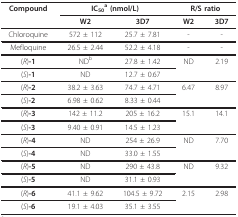
<table><thead><tr><td><b>Compound</b></td><td colspan="2"><b>IC<sub>50</sub><sup>a </sup>(nmol/L)</b></td><td colspan="2"><b>R/S ratio</b></td></tr><tr><td></td><td><b>W2</b></td><td><b>3D7</b></td><td><b>W2</b></td><td><b>3D7</b></td></tr></thead><tbody><tr><td>Chloroquine</td><td>572 ± 112</td><td>25.7 ± 7.81</td><td>-</td><td>-</td></tr><tr><td>Mefloquine</td><td>26.5 ± 2.44</td><td>52.2 ± 4.18</td><td>-</td><td>-</td></tr><tr><td>(<i>R</i>)<b>-1</b></td><td>ND<sup>b</sup></td><td>27.8 ± 1.42</td><td>ND</td><td>2.19</td></tr><tr><td>(<i>S</i>)<b>-1</b></td><td>ND</td><td>12.7 ± 0.67</td><td></td><td></td></tr><tr><td>(<i>R</i>)<b>-2</b></td><td>38.2 ± 3.63</td><td>74.7 ± 4.71</td><td>6.47</td><td>8.97</td></tr><tr><td>(<i>S</i>)<b>-2</b></td><td>6.98 ± 0.62</td><td>8.33 ± 0.44</td><td></td><td></td></tr><tr><td>(<i>R</i>)<b>-3</b></td><td>142 ± 11.2</td><td>205 ± 16.2</td><td>15.1</td><td>14.1</td></tr><tr><td>(<i>S</i>)<b>-3</b></td><td>9.40 ± 0.91</td><td>14.5 ± 1.23</td><td></td><td></td></tr><tr><td>(<i>R</i>)<b>-4</b></td><td>ND</td><td>254 ± 26.9</td><td>ND</td><td>7.70</td></tr><tr><td>(<i>S</i>)<b>-4</b></td><td>ND</td><td>33.0 ± 1.55</td><td></td><td></td></tr><tr><td>(<i>R</i>)<b>-5</b></td><td>ND</td><td>290 ± 43.8</td><td>ND</td><td>9.32</td></tr><tr><td>(<i>S</i>)<b>-5</b></td><td>ND</td><td>31.1 ± 0.93</td><td></td><td></td></tr><tr><td>(<i>R</i>)<b>-6</b></td><td>41.1 ± 9.62</td><td>104.5 ± 9.72</td><td>2.15</td><td>2.98</td></tr><tr><td>(<i>S</i>)<b>-6</b></td><td>19.1 ± 4.03</td><td>35.1 ± 3.55</td><td></td><td></td></tr></tbody></table>